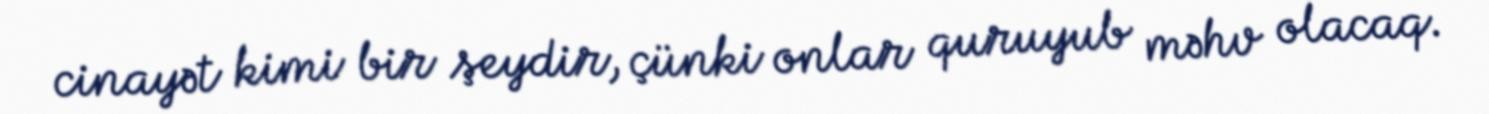
cinayət kimi bir şeydir, çünki onlar quruyub məhv olacaq.